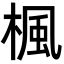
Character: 楓